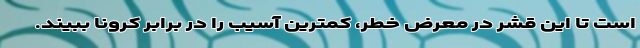
است تا این قشر در معرض خطر، کمترین آسیب را در برابر کرونا ببیند.